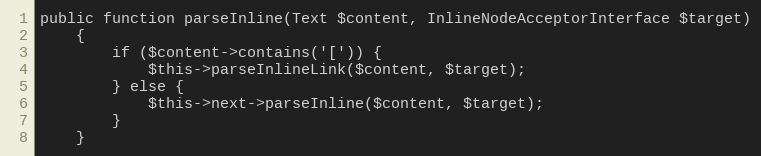
Language: PHP
public function parseInline(Text $content, InlineNodeAcceptorInterface $target)
    {
        if ($content->contains('[')) {
            $this->parseInlineLink($content, $target);
        } else {
            $this->next->parseInline($content, $target);
        }
    }